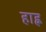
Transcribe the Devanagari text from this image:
हाह्न